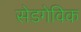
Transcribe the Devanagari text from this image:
सेडगेविक